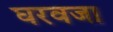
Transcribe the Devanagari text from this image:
घरवजा